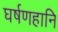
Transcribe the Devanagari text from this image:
घर्षणहानि